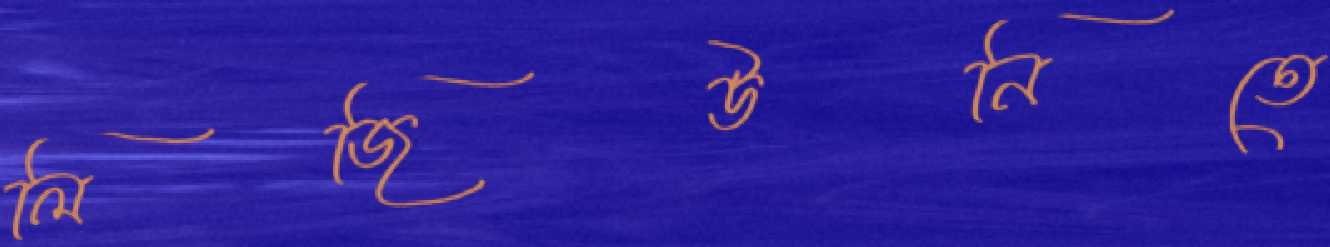
লিজিউনিতে